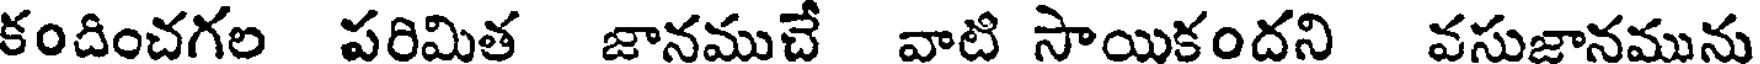
కందించగల పరిమిత జానముచే వాటి సాయికందని వసుజానమును